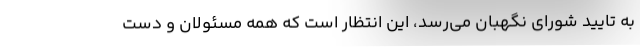
به تایید شورای نگهبان می‌رسد، این انتظار است که همه مسئولان و دست